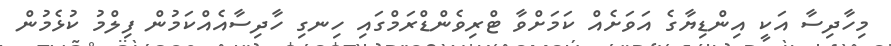
މިހާދިސާ އަކީ އިންޑިޔާގެ އަވަށެއް ކަމަށްވާ ޓްރިވެންޑްރަމްގައި ހިނގި ހާދިސާއެއްކަމުން ފިލްމު ކުޅެމުން